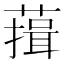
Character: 䔱